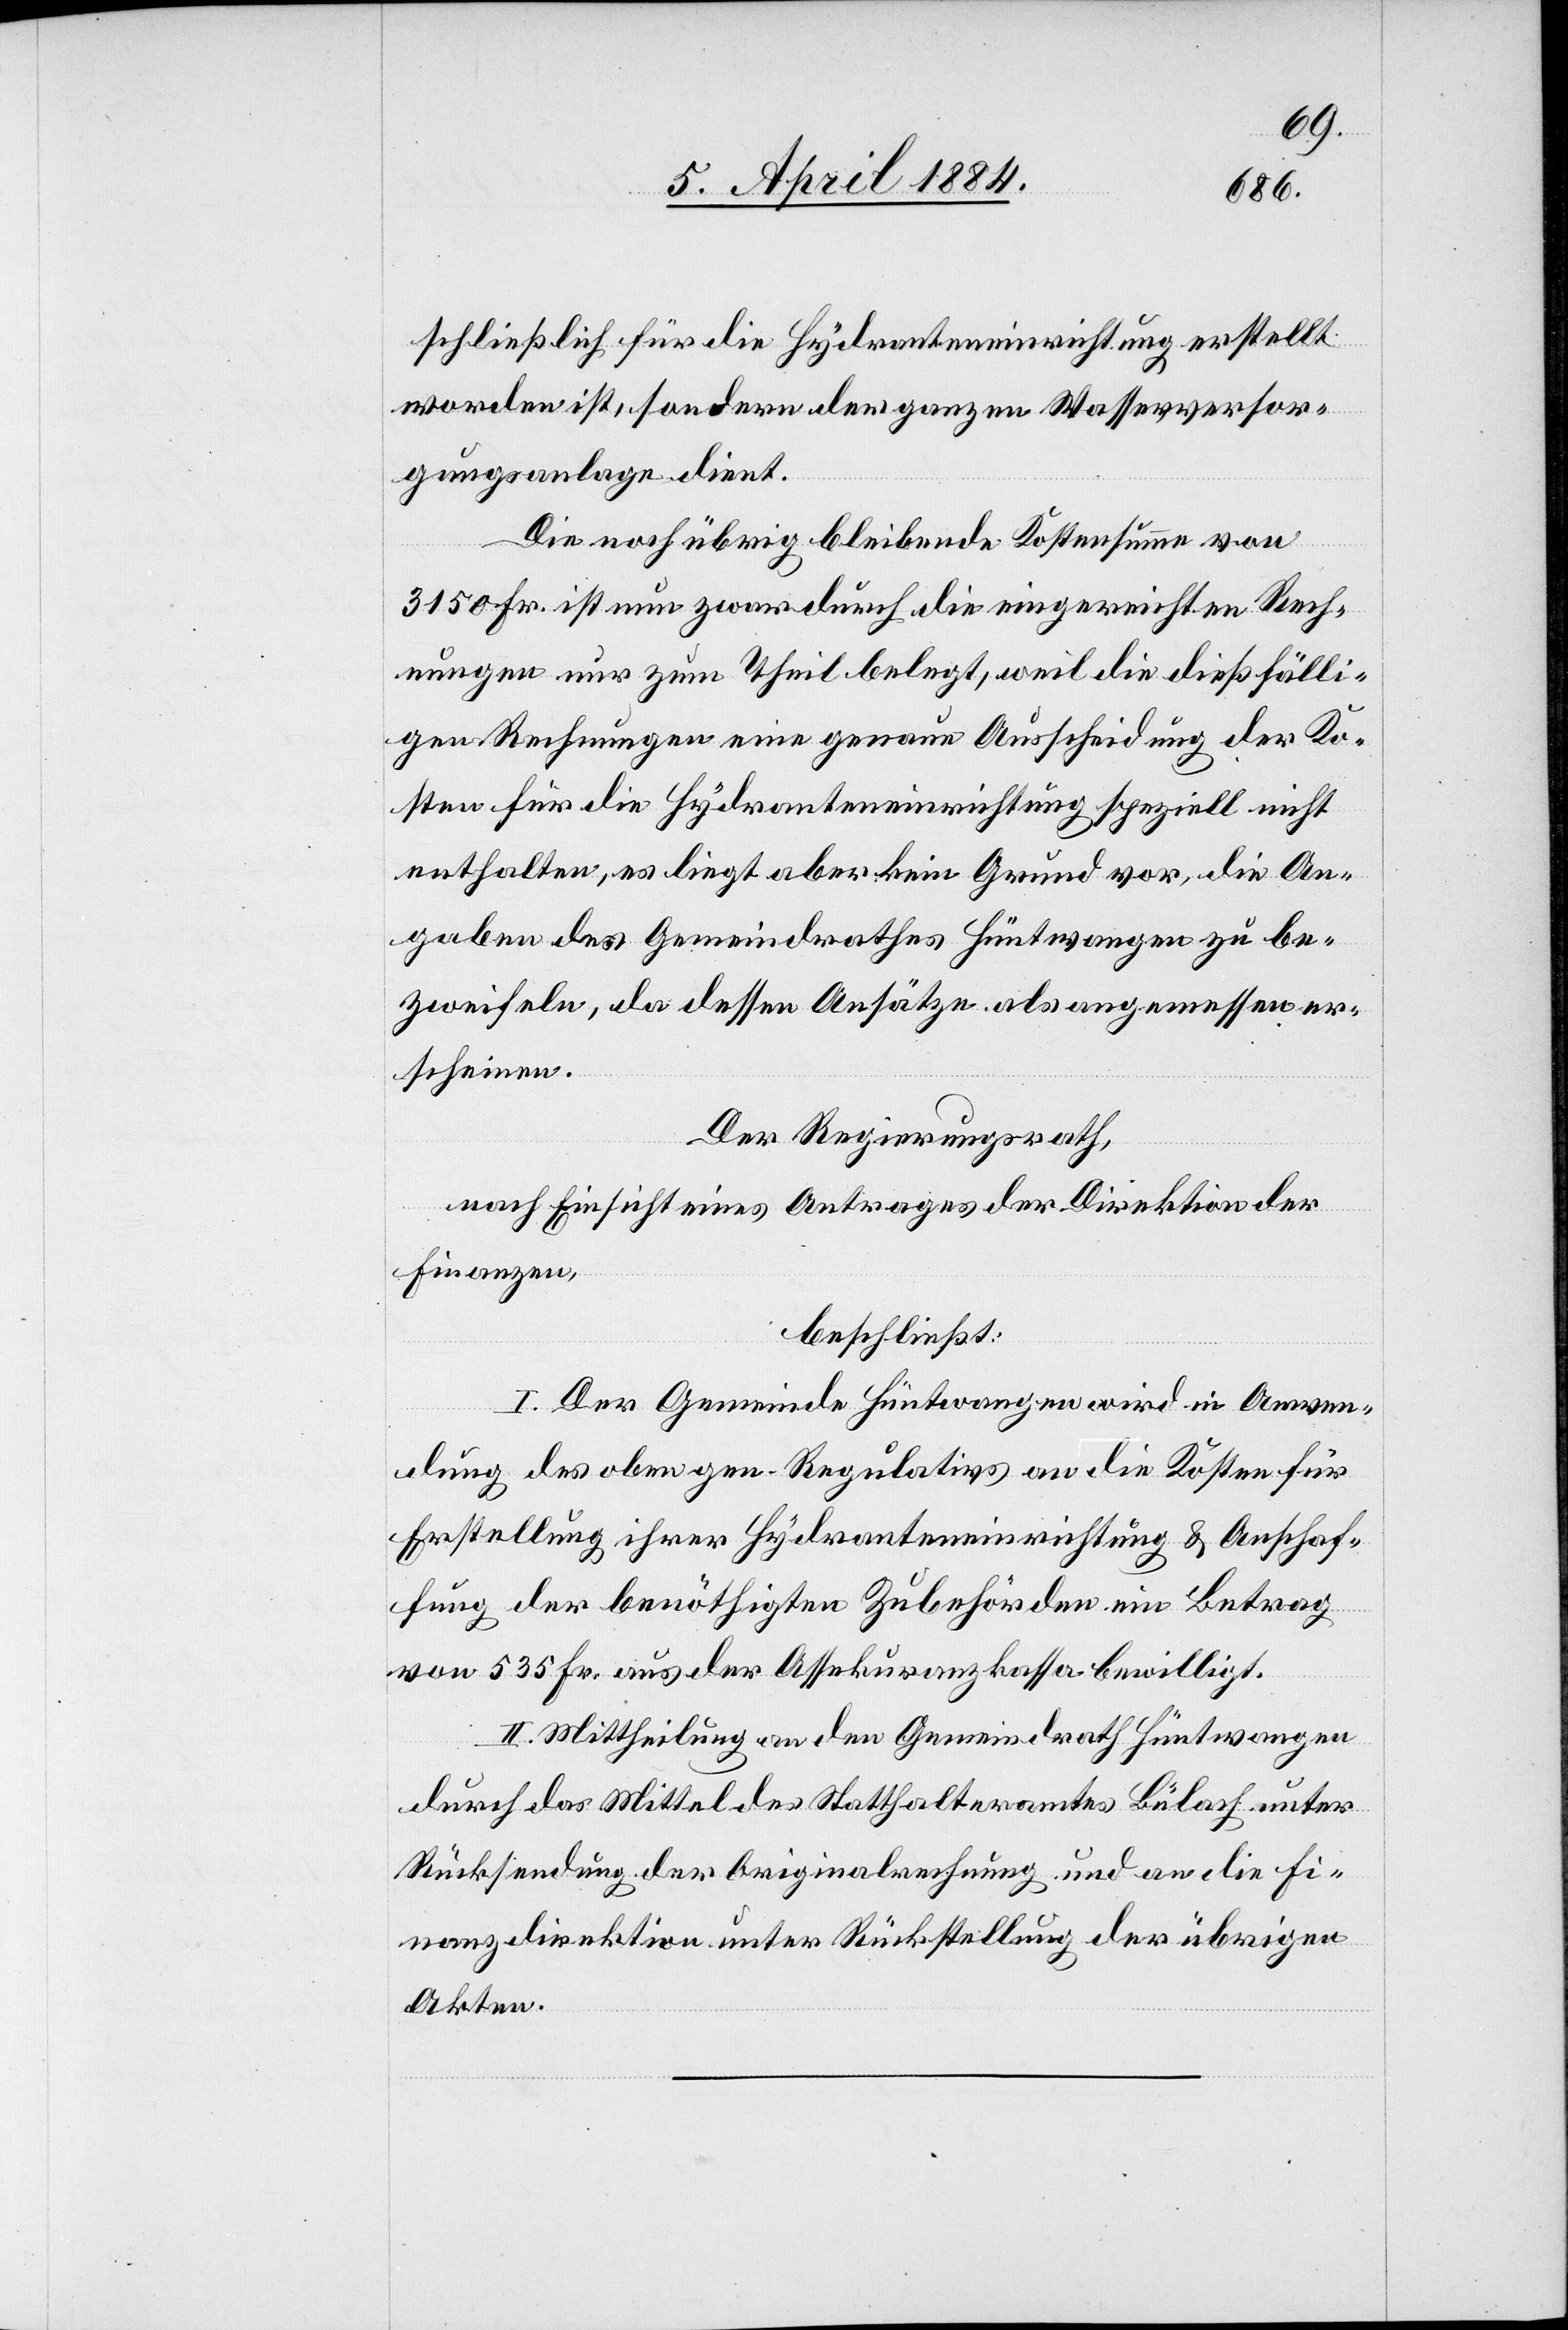
schließlich für die Hydranteneinrichtung erstellt
worden ist, sondern der ganzen Wasserversor¬
gungsanlage dient.
Die noch übrig bleibende Kostensumme von
3150 Fr. ist nun zwar durch die eingereichten Rech¬
nungen nur zum Theil belegt, weil die dießfälli¬
gen Rechnungen eine genaue Ausscheidung der Ko¬
sten für die Hydranteneinrichtung speziell nicht
enthalten, es liegt aber kein Grund vor, die An¬
gaben des Gemeindrathes Hüntwangen zu be¬
zweifeln, da dessen Ansätze als angemessen er¬
scheinen.
Der Regierungsrath,
nach Einsicht eines Antrages der Direktion der
Finanzen,
beschließt:
I. Der Gemeinde Hüntwangen wird in Anwen¬
dung des oben gen. Regulativs an die Kosten für
Erstellung ihrer Hydranteneinrichtung & Anschaf¬
fung der benöthigten Zubehörden ein Betrag
von 535 Fr. aus der Assekuranzkassa bewilligt.
II. Mittheilung an den Gemeindrath Hüntwangen
durch das Mittel des Statthalteramtes Bülach unter
Rücksendung der Originalrechnung und an die Fi¬
nanzdirektion unter Rückstellung der übrigen
Akten.